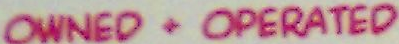
OWNED + OPERATED